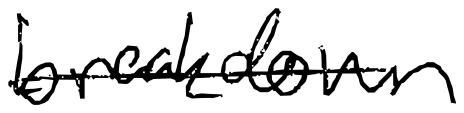
Text: breakdown
Cross-out: single-line
Writing tool: digital_black